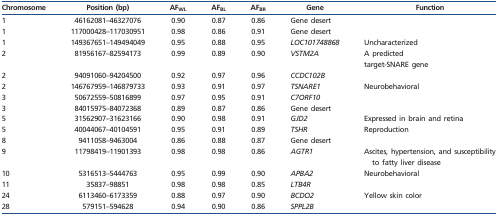
<table><thead><tr><td><b>Chromosome</b></td><td><b>Position (bp)</b></td><td><b>AF<sub>WL</sub></b></td><td><b>AF<sub>BL</sub></b></td><td><b>AF<sub>BR</sub></b></td><td><b>Gene</b></td><td><b>Function</b></td></tr></thead><tbody><tr><td>1</td><td>46162081–46327076</td><td>0.90</td><td>0.87</td><td>0.86</td><td>Gene desert</td><td></td></tr><tr><td>1</td><td>117000428–117030951</td><td>0.98</td><td>0.86</td><td>0.91</td><td>Gene desert</td><td></td></tr><tr><td>1</td><td>149367651–149494049</td><td>0.95</td><td>0.88</td><td>0.95</td><td><i>LOC101748868</i></td><td>Uncharacterized</td></tr><tr><td>2</td><td>81956167–82594173</td><td>0.99</td><td>0.89</td><td>0.90</td><td><i>VSTM2A</i></td><td>A predictedtarget-SNARE gene</td></tr><tr><td>2</td><td>94091060–94204500</td><td>0.92</td><td>0.97</td><td>0.96</td><td><i>CCDC102B</i></td><td></td></tr><tr><td>2</td><td>146767959–146879733</td><td>0.93</td><td>0.91</td><td>0.97</td><td><i>TSNARE1</i></td><td>Neurobehavioral</td></tr><tr><td>3</td><td>50672559–50816899</td><td>0.97</td><td>0.95</td><td>0.91</td><td><i>C7ORF10</i></td><td></td></tr><tr><td>3</td><td>84015975–84072368</td><td>0.89</td><td>0.87</td><td>0.86</td><td>Gene desert</td><td></td></tr><tr><td>5</td><td>31562907–31623166</td><td>0.90</td><td>0.98</td><td>0.91</td><td><i>GJD2</i></td><td>Expressed in brain and retina</td></tr><tr><td>5</td><td>40044067–40104591</td><td>0.95</td><td>0.91</td><td>0.89</td><td><i>TSHR</i></td><td>Reproduction</td></tr><tr><td>8</td><td>9411058–9463004</td><td>0.86</td><td>0.88</td><td>0.87</td><td>Gene desert</td><td></td></tr><tr><td>9</td><td>11798419–11901393</td><td>0.98</td><td>0.98</td><td>0.86</td><td><i>AGTR1</i></td><td>Ascites, hypertension, and susceptibility to fatty liver disease</td></tr><tr><td>10</td><td>5316513–5444763</td><td>0.95</td><td>0.99</td><td>0.90</td><td><i>APBA2</i></td><td>Neurobehavioral</td></tr><tr><td>11</td><td>35837–98851</td><td>0.98</td><td>0.98</td><td>0.85</td><td><i>LTB4R</i></td><td></td></tr><tr><td>24</td><td>6113460–6173359</td><td>0.88</td><td>0.97</td><td>0.90</td><td><i>BCDO2</i></td><td>Yellow skin color</td></tr><tr><td>28</td><td>579151–594628</td><td>0.94</td><td>0.90</td><td>0.86</td><td><i>SPPL2B</i></td><td></td></tr></tbody></table>